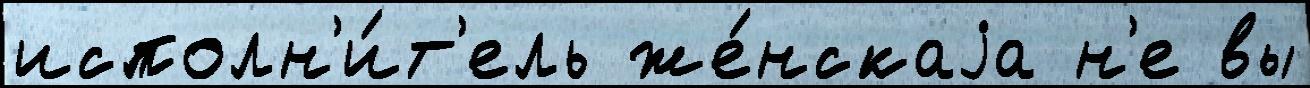
исполн'и́т'ель же́нскаjа н'е вы